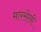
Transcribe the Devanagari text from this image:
मारसेली